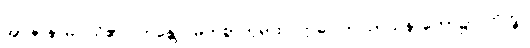
အာဇာနာမိ၊ သိ၏။ ဘန္တေ၊ မြတ်စွာဘုရား။ ဣဓ၊ ဤသာသနာတော်၌။ ဘိက္ခု၊